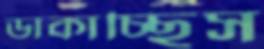
ডাকাচ্ছিস